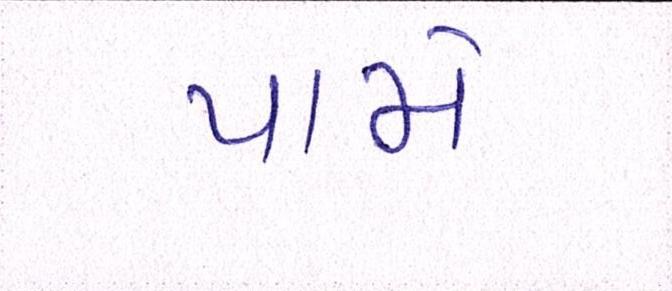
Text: પામે